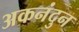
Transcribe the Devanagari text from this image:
अकनंदुन